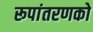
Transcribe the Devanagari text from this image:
रूपांतरणको